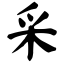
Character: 采